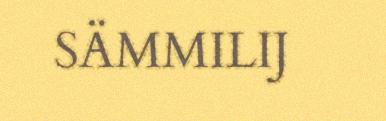
SÄMMILIJ